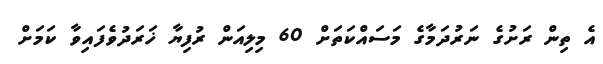
އެ ތިން ރަށުގެ ނަރުދަމާގެ މަސައްކަތަށް 60 މިލިއަން ރުފިޔާ ޚަރަދުވެފައިވާ ކަމަށް